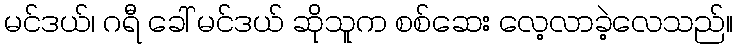
မင်ဒယ်၊ ဂရီ ခေါ် မင်ဒယ် ဆိုသူက စစ်ဆေး လေ့လာခဲ့လေသည်။